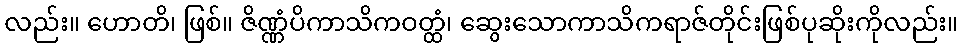
လည်း။ ဟောတိ၊ ဖြစ်။ ဇိဏ္ဏံပိကာသိကဝတ္ထံ၊ ဆွေးသောကာသိကရာဇ်တိုင်းဖြစ်ပုဆိုးကိုလည်း။